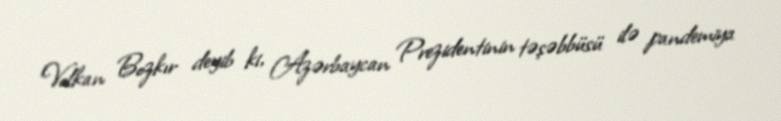
Volkan Bozkır deyib ki, Azərbaycan Prezidentinin təşəbbüsü ilə pandemiya